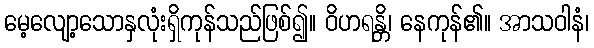
မေ့လျော့သောနှလုံးရှိကုန်သည်ဖြစ်၍။ ဝိဟရန္တိ၊ နေကုန်၏။ အာသဝါနံ၊